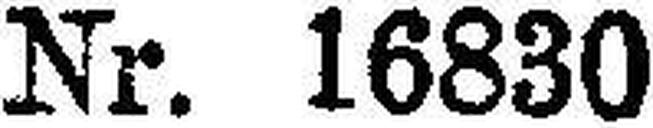
Nr. 16830